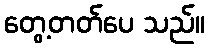
တွေ့တတ်ပေ သည်။